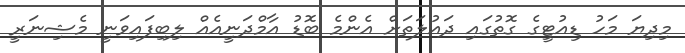
މިދިޔަ މަހު ޑިއުޓީގެ ގޮތުގައި ދައުލަތަށް އެންމެ ބޮޑު އާމްދަނީއެއް ލިބިފައިވަނީ މެޝިނަރީ